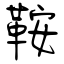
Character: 鞍